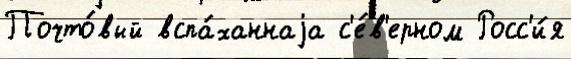
Почто́вый вспа́ханнаjа с'е́в'ерном Росс'и́я